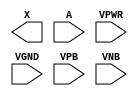
module sky130_fd_sc_lp__buf (
    X   ,
    A   ,
    VPWR,
    VGND,
    VPB ,
    VNB
);

    output X   ;
    input  A   ;
    input  VPWR;
    input  VGND;
    input  VPB ;
    input  VNB ;
endmodule